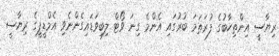
ރިޔާސީ އިންތިހާބުގެ ފުރަތަމަ ބުރުގައި އެންމެ ގިނަ ވޯޓް ލިބިވަޑައިގެންނެވި އެމްޑީޕީގެ ރިޔާސީ